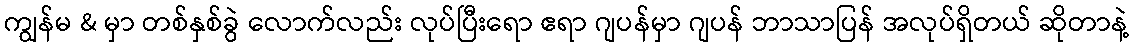
ကျွန်မ & မှာ တစ်နှစ်ခွဲ လောက်လည်း လုပ်ပြီးရော ဧရာ ဂျပန်မှာ ဂျပန် ဘာသာပြန် အလုပ်ရှိတယ် ဆိုတာနဲ့